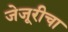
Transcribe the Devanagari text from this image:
जेजूरीचा